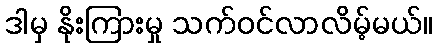
ဒါမှ နိုးကြားမှု သက်ဝင်လာလိမ့်မယ်။